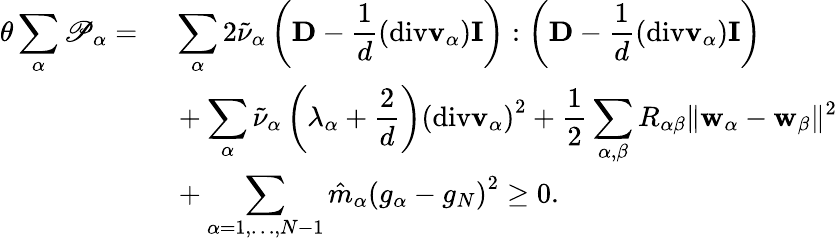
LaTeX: \begin{array}{rl}{\theta\displaystyle\sum_{\alpha}\mathscr{P}_{\alpha}=}&{~\displaystyle\sum_{\alpha}2\tilde{\nu}_{\alpha}\left(\mathbf{D}-\frac{1}{d}(\mathrm{div}\mathbf{v}_{\alpha})\mathbf{I}\right):\left(\mathbf{D}-\frac{1}{d}(\mathrm{div}\mathbf{v}_{\alpha})\mathbf{I}\right)}\\ &{~+\displaystyle\sum_{\alpha}\tilde{\nu}_{\alpha}\left(\lambda_{\alpha}+\frac{2}{d}\right)\left(\mathrm{div}\mathbf{v}_{\alpha}\right)^{2}+\frac{1}{2}\displaystyle\sum_{\alpha,{\beta}}R_{\alpha{\beta}}\| \mathbf{w}_{\alpha}-\mathbf{w}_{\beta}\| ^{2}}\\ &{~+\displaystyle\sum_{\alpha=1,\dots,N-1}\hat{m}_{\alpha}\left(g_{\alpha}-g_{N}\right)^{2}\geq 0.}\end{array}